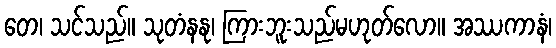
တေ၊ သင်သည်။ သုတံနနု၊ ကြားဘူးသည်မဟုတ်လော။ အဿကာနံ၊